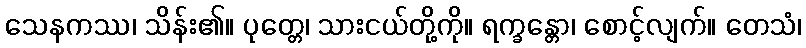
သေနကဿ၊ သိန်း၏။ ပုတ္တေ၊ သားငယ်တို့ကို။ ရက္ခန္တော၊ စောင့်လျက်။ တေသံ၊